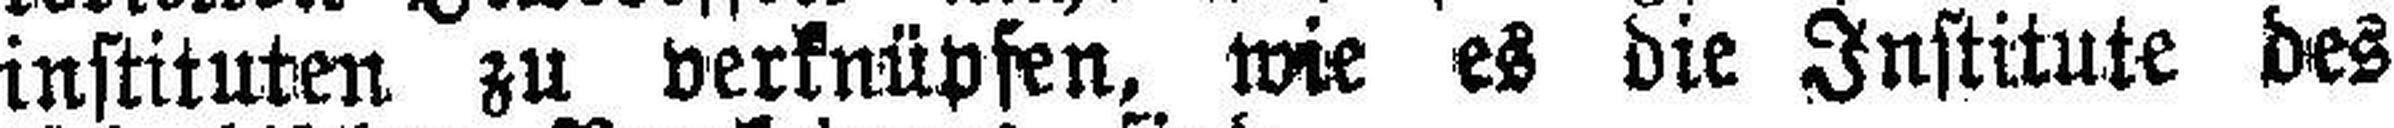
instituten zu verknüpfen, wie es die Institute des